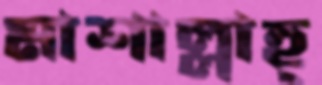
মাশাল্লাহ্